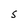
Character: S